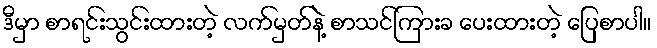
ဒီမှာ စာရင်းသွင်းထားတဲ့ လက်မှတ်နဲ့ စာသင်ကြားခ ပေးထားတဲ့ ပြေစာပါ။